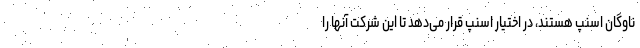
ناوگان اسنپ هستند، در اختیار اسنپ قرار می‌دهد تا این شرکت آنها را